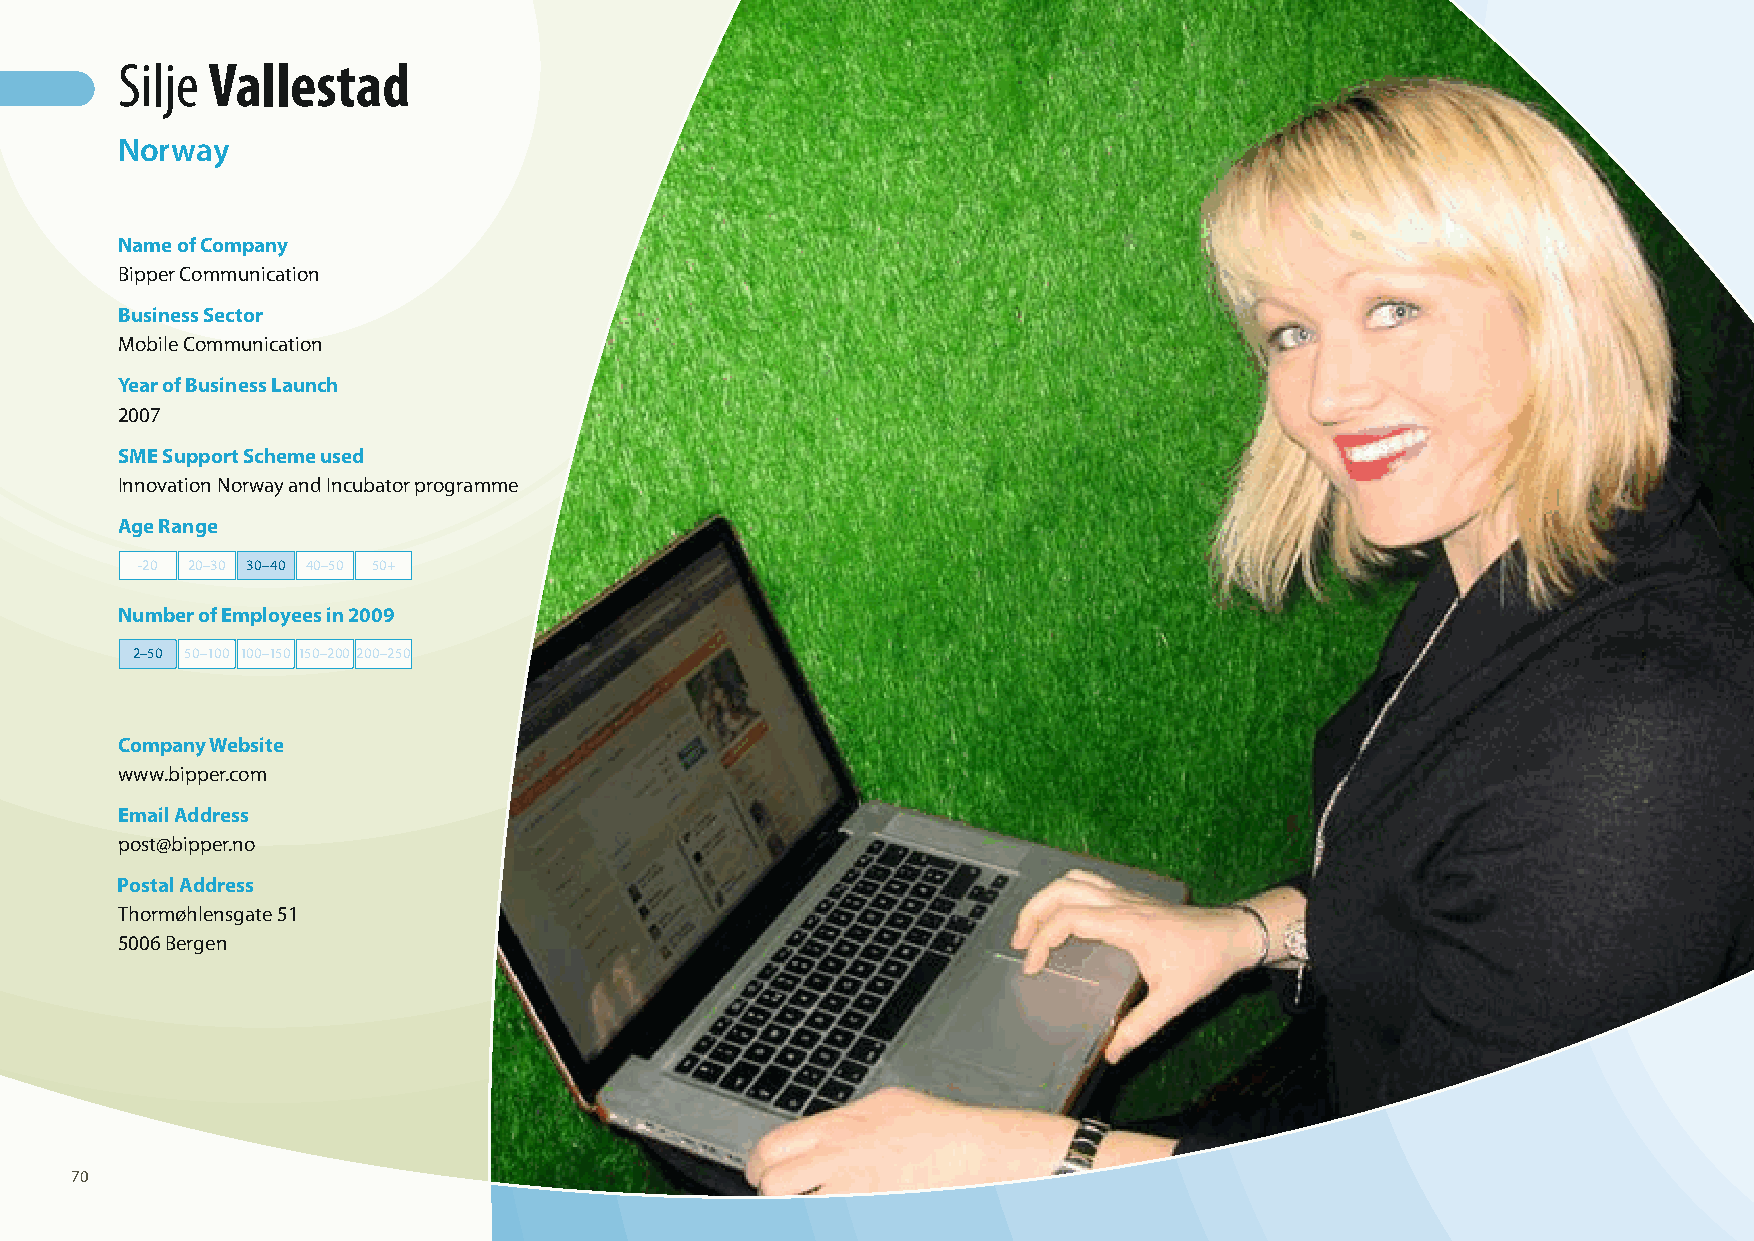
Silje Vallestad
 Norway
 Name of Company
 Bipper Communication
 Business Sector
 Mobile Communication
 Year of Business Launch
 2007
 SME Support Scheme used
 Innovation Norway and Incubator programme
 Age Range
 -20 20–30 30–40 40–50 50+
 Number of Employees in 2009
 2–50 50–100 100–150 150–200 200–250
 Company Website
 www.bipper.com
 Email Address
 post@bipper.no
 Postal Address
 Thormøhlensgate 51
 5006 Bergen
 70
 100426_SMEweek_broch_A4quer_hw.indd 70                                                                   27.04.2010 9:15:25 Uhr